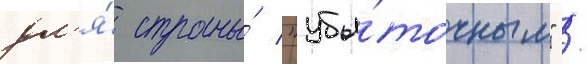
дл'я́ страны́ "убы́точным" /